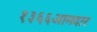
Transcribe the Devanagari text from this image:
१३६६आमदार